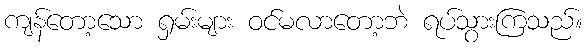
ကျန်တော့သော ရှမ်းများ ဝင်မလာတော့ဘဲ ရပ်သွားကြသည်။